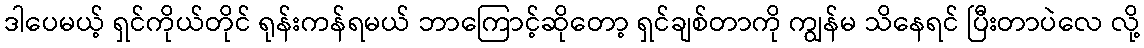
ဒါပေမယ့် ရှင်ကိုယ်တိုင် ရုန်းကန်ရမယ် ဘာကြောင့်ဆိုတော့ ရှင်ချစ်တာကို ကျွန်မ သိနေရင် ပြီးတာပဲလေ လို့